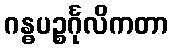
ဂန္ဓပဉ္စင်္ဂုလိကတာ